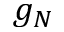
g _ { N }